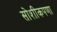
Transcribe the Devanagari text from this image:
सोशीकपणा